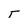
Character: T